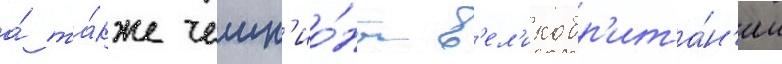
а́ та́кже чемп'ио́ны в'ел'икобр'ита́н'ии